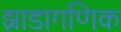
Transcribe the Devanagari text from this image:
झाडागणिक